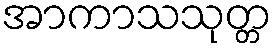
အာကာသသုတ္တ